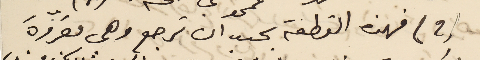
(2) فهذه القطعة يجب ان ترجع وهى مقروّة